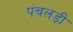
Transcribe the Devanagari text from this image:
पंचलड़ी